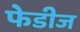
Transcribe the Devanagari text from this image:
फेडीज